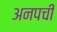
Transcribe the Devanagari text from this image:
अनपची